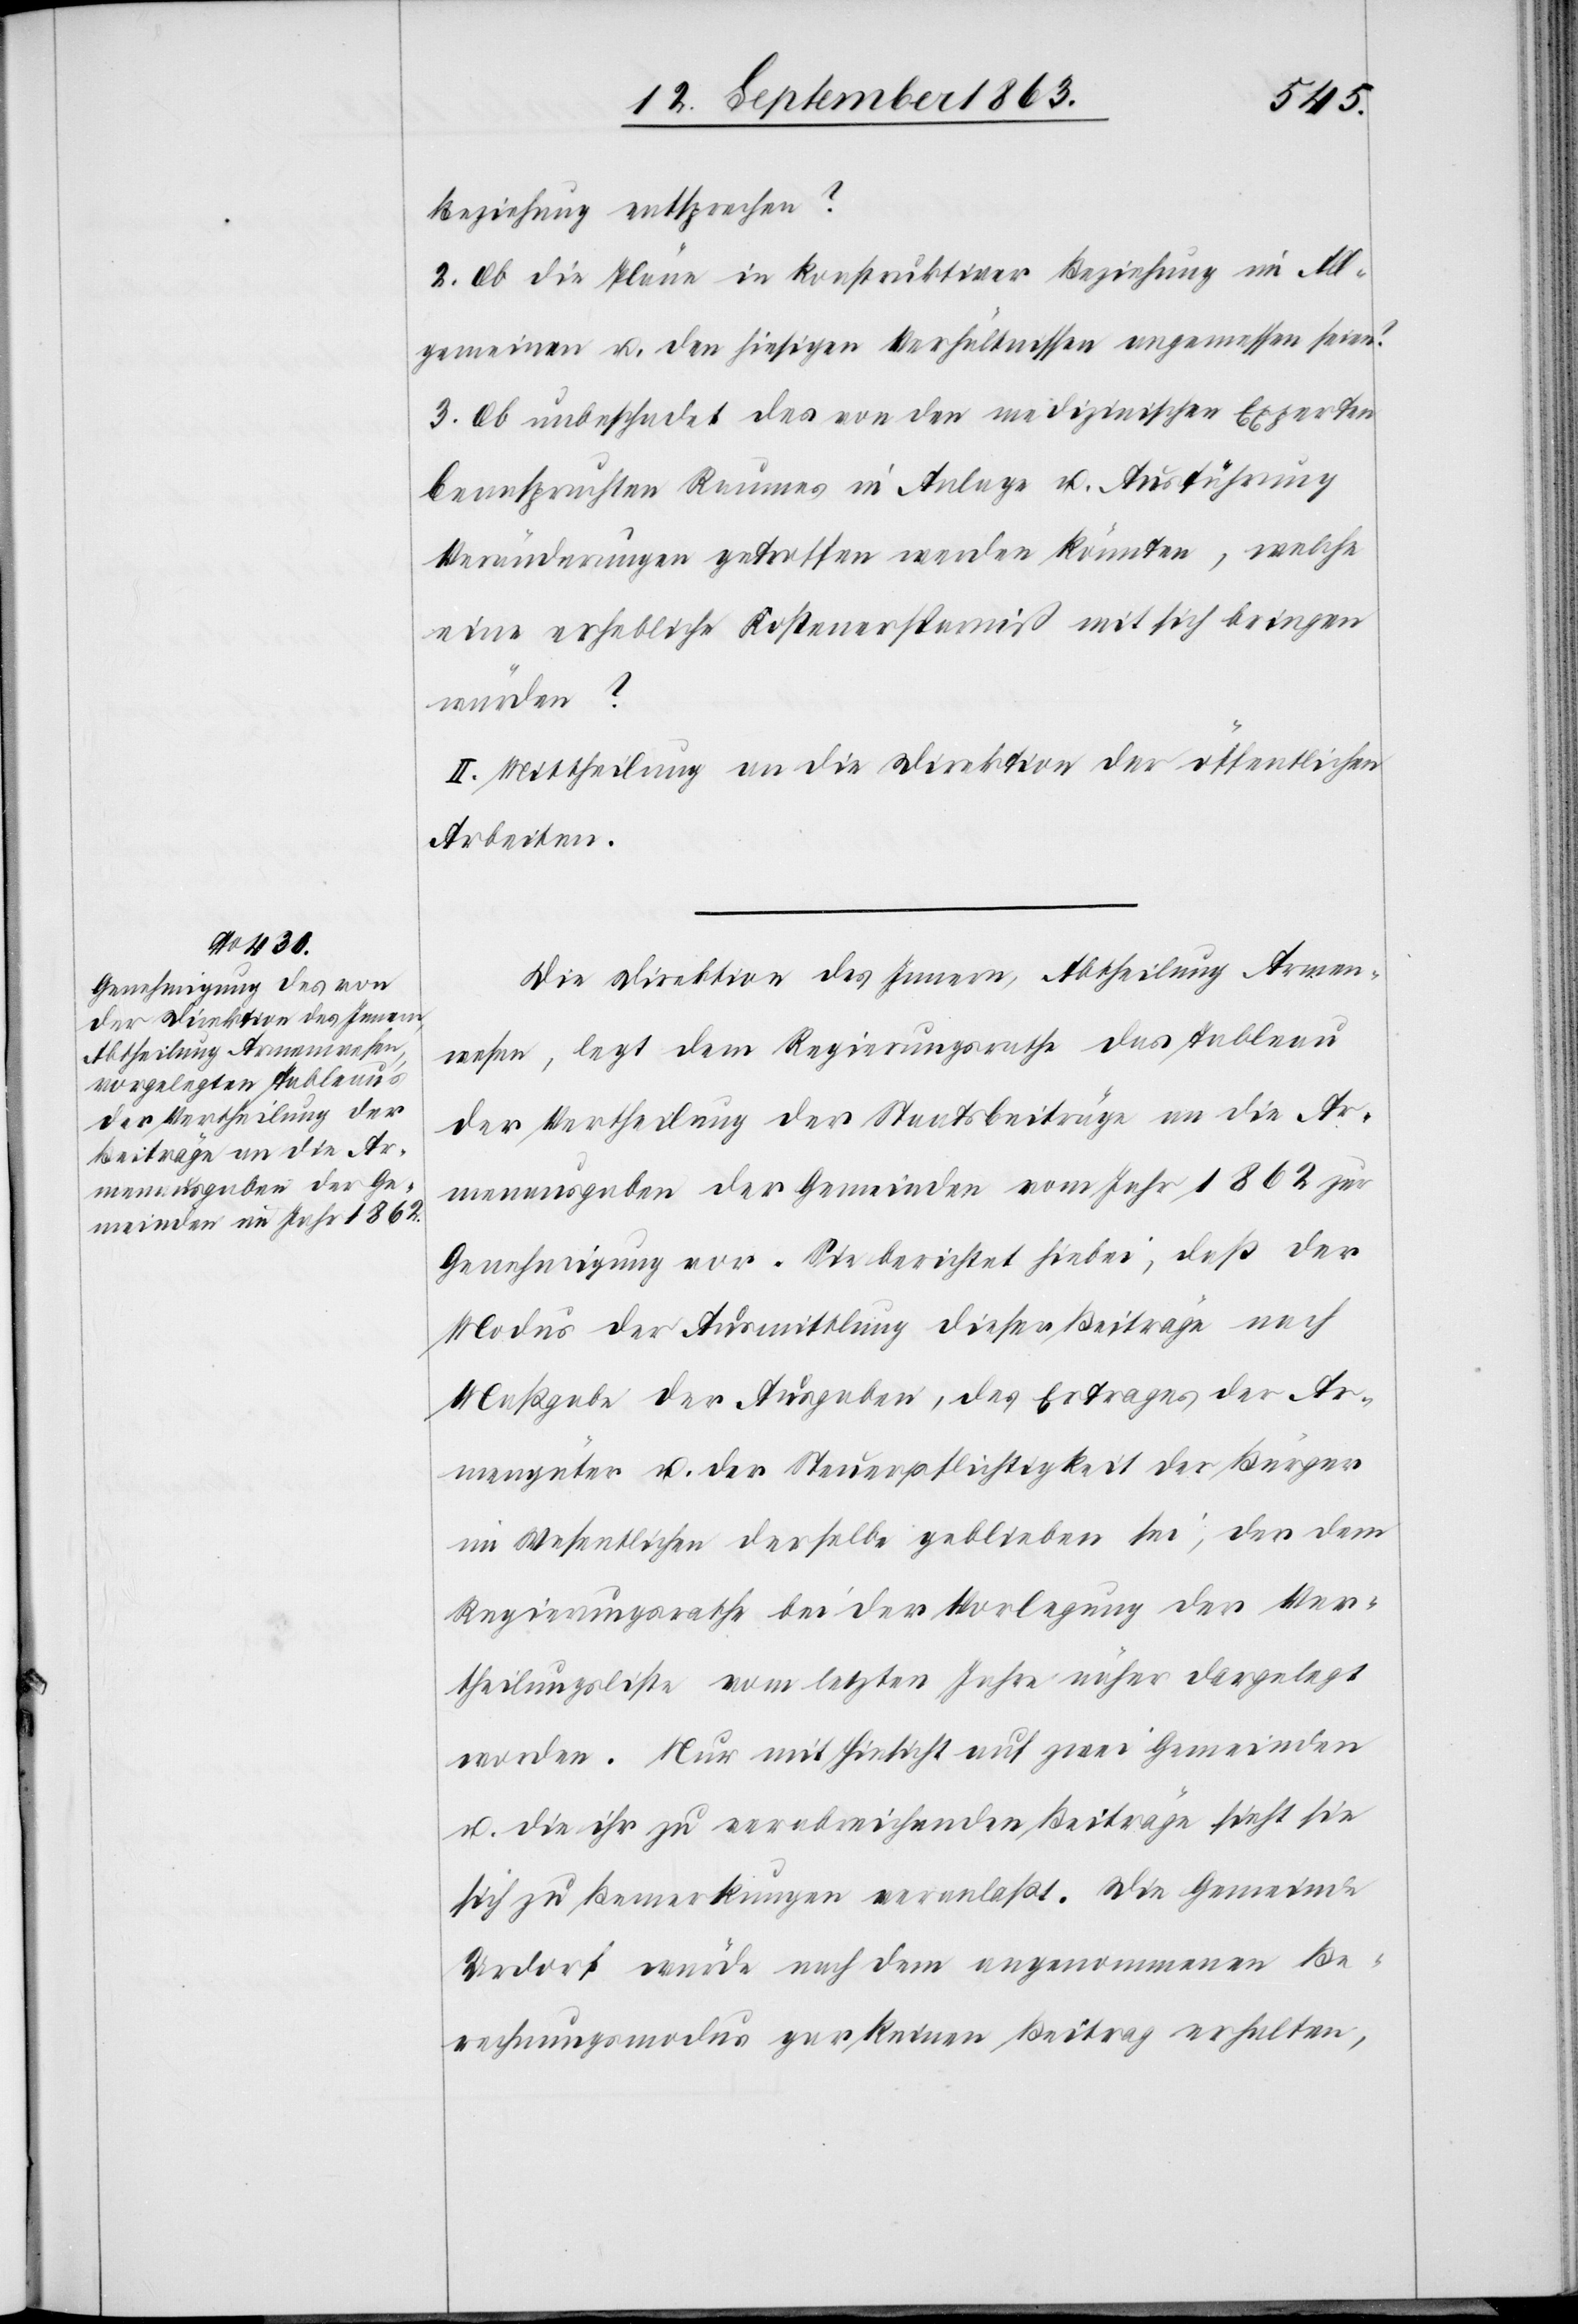
Beziehung entsprechen?
2. Ob die Pläne in konstruktiver Beziehung im All¬
gemeinen u. den hiesigen Verhältnissen angemessen seien?
3. Ob unbeschadet des von den medizinischen Experten
beanspruchten Raumes in Anlage u. Ausführung
Veränderungen getroffen werden könnten, welche
eine erhebliche Kostenersparniß mit sich bringen
würden?
II. Mittheilung an die Direktion der öffentlichen
Arbeiten.
Die Direktion des Innern, Abtheilung Armen¬
wesen, legt dem Regierungsrathe das Tableau
der Vertheilung der Staatsbeiträge an die Ar¬
menausgaben der Gemeinden vom Jahr 1862 zur
Genehmigung vor. Sie berichtet hiebei, daß der
Modus der Ausmittlung dieser Beiträge nach
Maßgabe der Ausgaben, des Ertrages der Ar¬
mengüter u. der Steuerpflichtigkeit der Bürger
im Wesentlichen derselbe geblieben sei, der dem
Regierungsrathe bei der Vorlegung der Ver¬
theilungsliste vom letzten Jahre näher dargelegt
worden. Nur mit Hinsicht auf zwei Gemeinden
u. die ihr zu verabreichenden Beiträge sieht sie
sich zu Bemerkungen veranlaßt. Die Gemeinde
Urdorf würde nach dem angenommenen Be¬
rechnungsmodus gar keinen Beitrag erhalten,